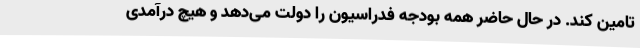
تامین کند. در حال حاضر همه بودجه فدراسیون را دولت می‌دهد و هیچ درآمدی